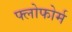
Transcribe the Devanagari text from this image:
फ्लोफोर्म